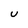
Character: u